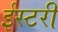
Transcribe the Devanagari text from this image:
ईस्टरी